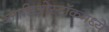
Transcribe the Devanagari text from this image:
ब्लाडिओस्टॉकमध्ये